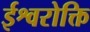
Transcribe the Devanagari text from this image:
ईश्वरोक्ति